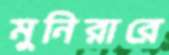
মুনিরারে